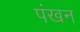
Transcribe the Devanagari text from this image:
पंखन